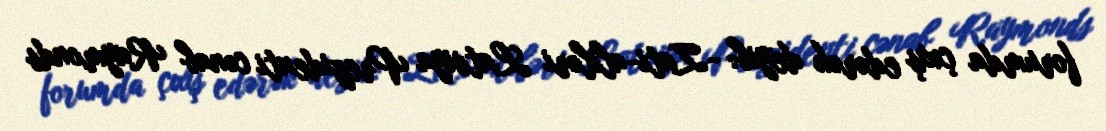
forumda çıxış edərək deyib: -Zati-aliləri Latviya Prezidenti cənab Raymonds